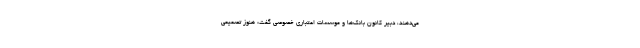
می‌دهند، دبیر کانون بانک‌ها و موسسات اعتباری خصوصی گفت: هنوز تصمیمی